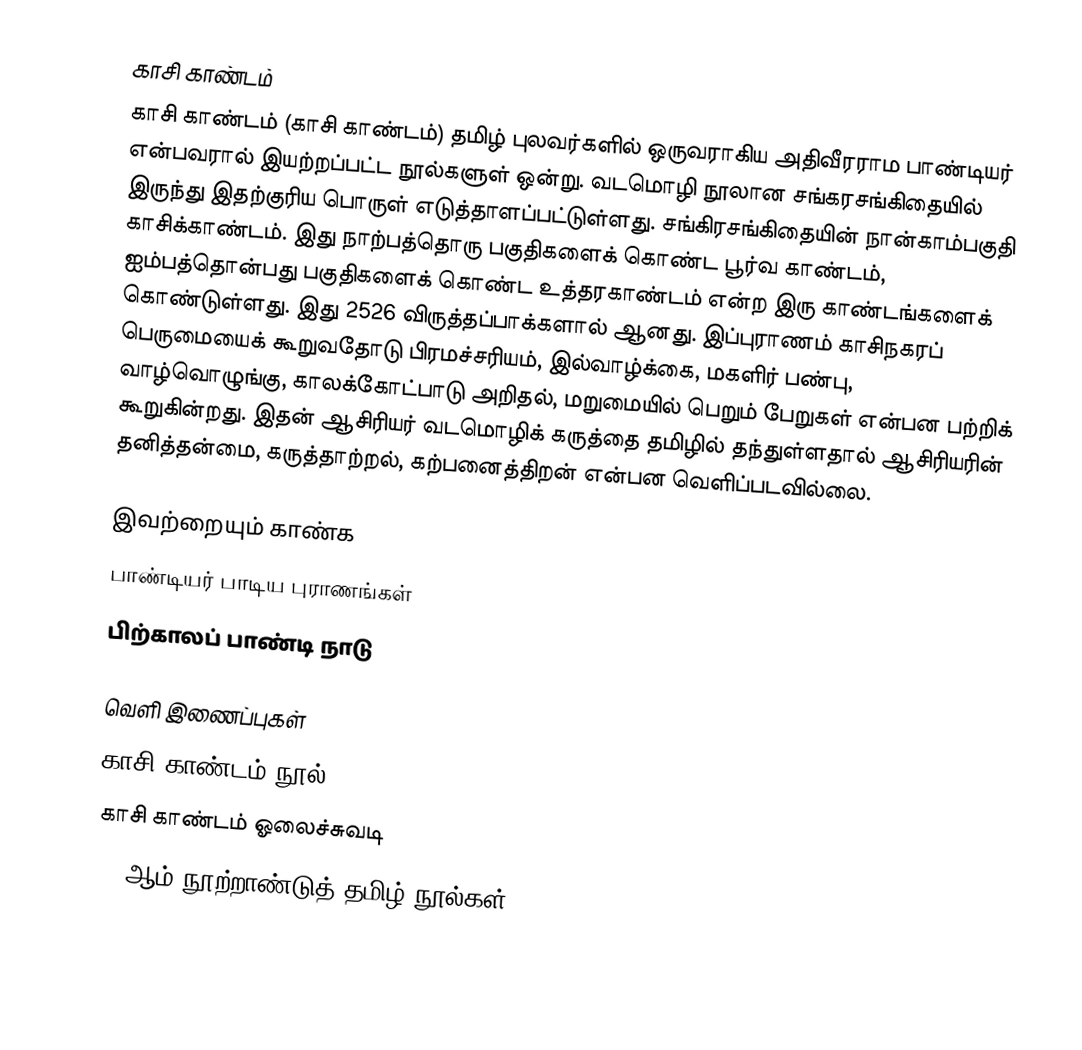
காசி காண்டம்
காசி காண்டம் (காசி காண்டம்) தமிழ் புலவர்களில் ஒருவராகிய அதிவீரராம பாண்டியர் என்பவரால் இயற்றப்பட்ட நூல்களுள் ஒன்று. வடமொழி நூலான சங்கரசங்கிதையில் இருந்து இதற்குரிய பொருள் எடுத்தாளப்பட்டுள்ளது. சங்கிரசங்கிதையின் நான்காம்பகுதி காசிக்காண்டம். இது நாற்பத்தொரு பகுதிகளைக் கொண்ட பூர்வ காண்டம், ஐம்பத்தொன்பது பகுதிகளைக் கொண்ட உத்தரகாண்டம் என்ற இரு காண்டங்களைக் கொண்டுள்ளது. இது 2526 விருத்தப்பாக்களால் ஆனது. இப்புராணம் காசிநகரப் பெருமையைக் கூறுவதோடு பிரமச்சரியம், இல்வாழ்க்கை, மகளிர் பண்பு, வாழ்வொழுங்கு, காலக்கோட்பாடு அறிதல், மறுமையில் பெறும் பேறுகள் என்பன பற்றிக் கூறுகின்றது. இதன் ஆசிரியர் வடமொழிக் கருத்தை தமிழில் தந்துள்ளதால் ஆசிரியரின் தனித்தன்மை, கருத்தாற்றல், கற்பனைத்திறன் என்பன வெளிப்படவில்லை.

இவற்றையும் காண்க
 பாண்டியர் பாடிய புராணங்கள்
 பிற்காலப் பாண்டி நாடு

வெளி இணைப்புகள்
காசி காண்டம் நூல்
காசி காண்டம் ஓலைச்சுவடி
16 ஆம் நூற்றாண்டுத் தமிழ் நூல்கள்